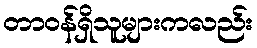
တာဝန်ရှိသူများကလည်း